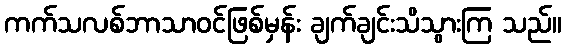
ကက်သလစ်ဘာသာဝင်ဖြစ်မှန်း ချက်ချင်းသိသွားကြ သည်။